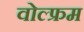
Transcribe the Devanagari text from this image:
वोल्फ्रम